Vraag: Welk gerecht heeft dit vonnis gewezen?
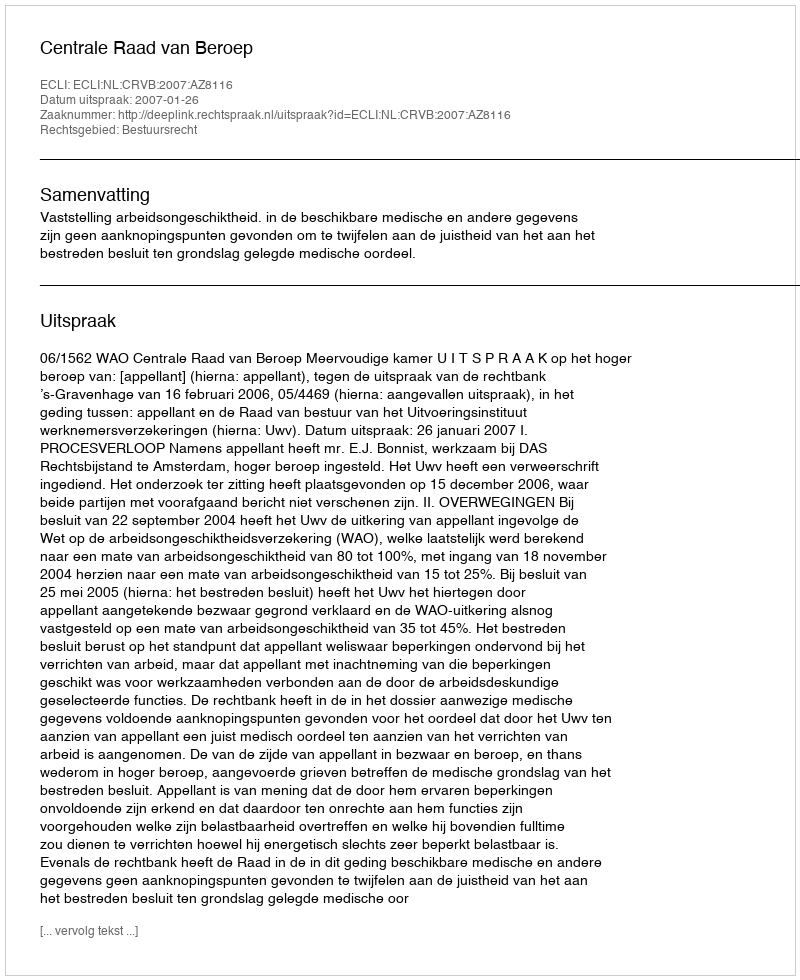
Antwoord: Centrale Raad van Beroep